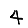
Digit: 4